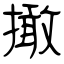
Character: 撖